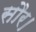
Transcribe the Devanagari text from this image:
सौर।